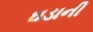
ઘડાની